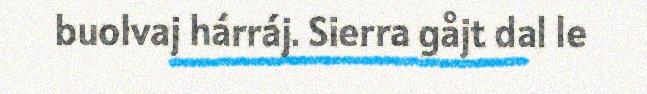
buolvaj hárráj. Sierra gåjt dal le